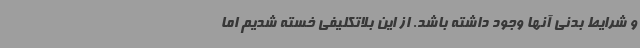
و شرایط بدنی آنها وجود داشته باشد. از این بلاتکلیفی خسته شدیم اما